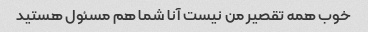
خوب همه تقصیر من نیست آنا شما هم مسئول هستید